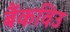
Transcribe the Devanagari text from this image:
बैंकविउ